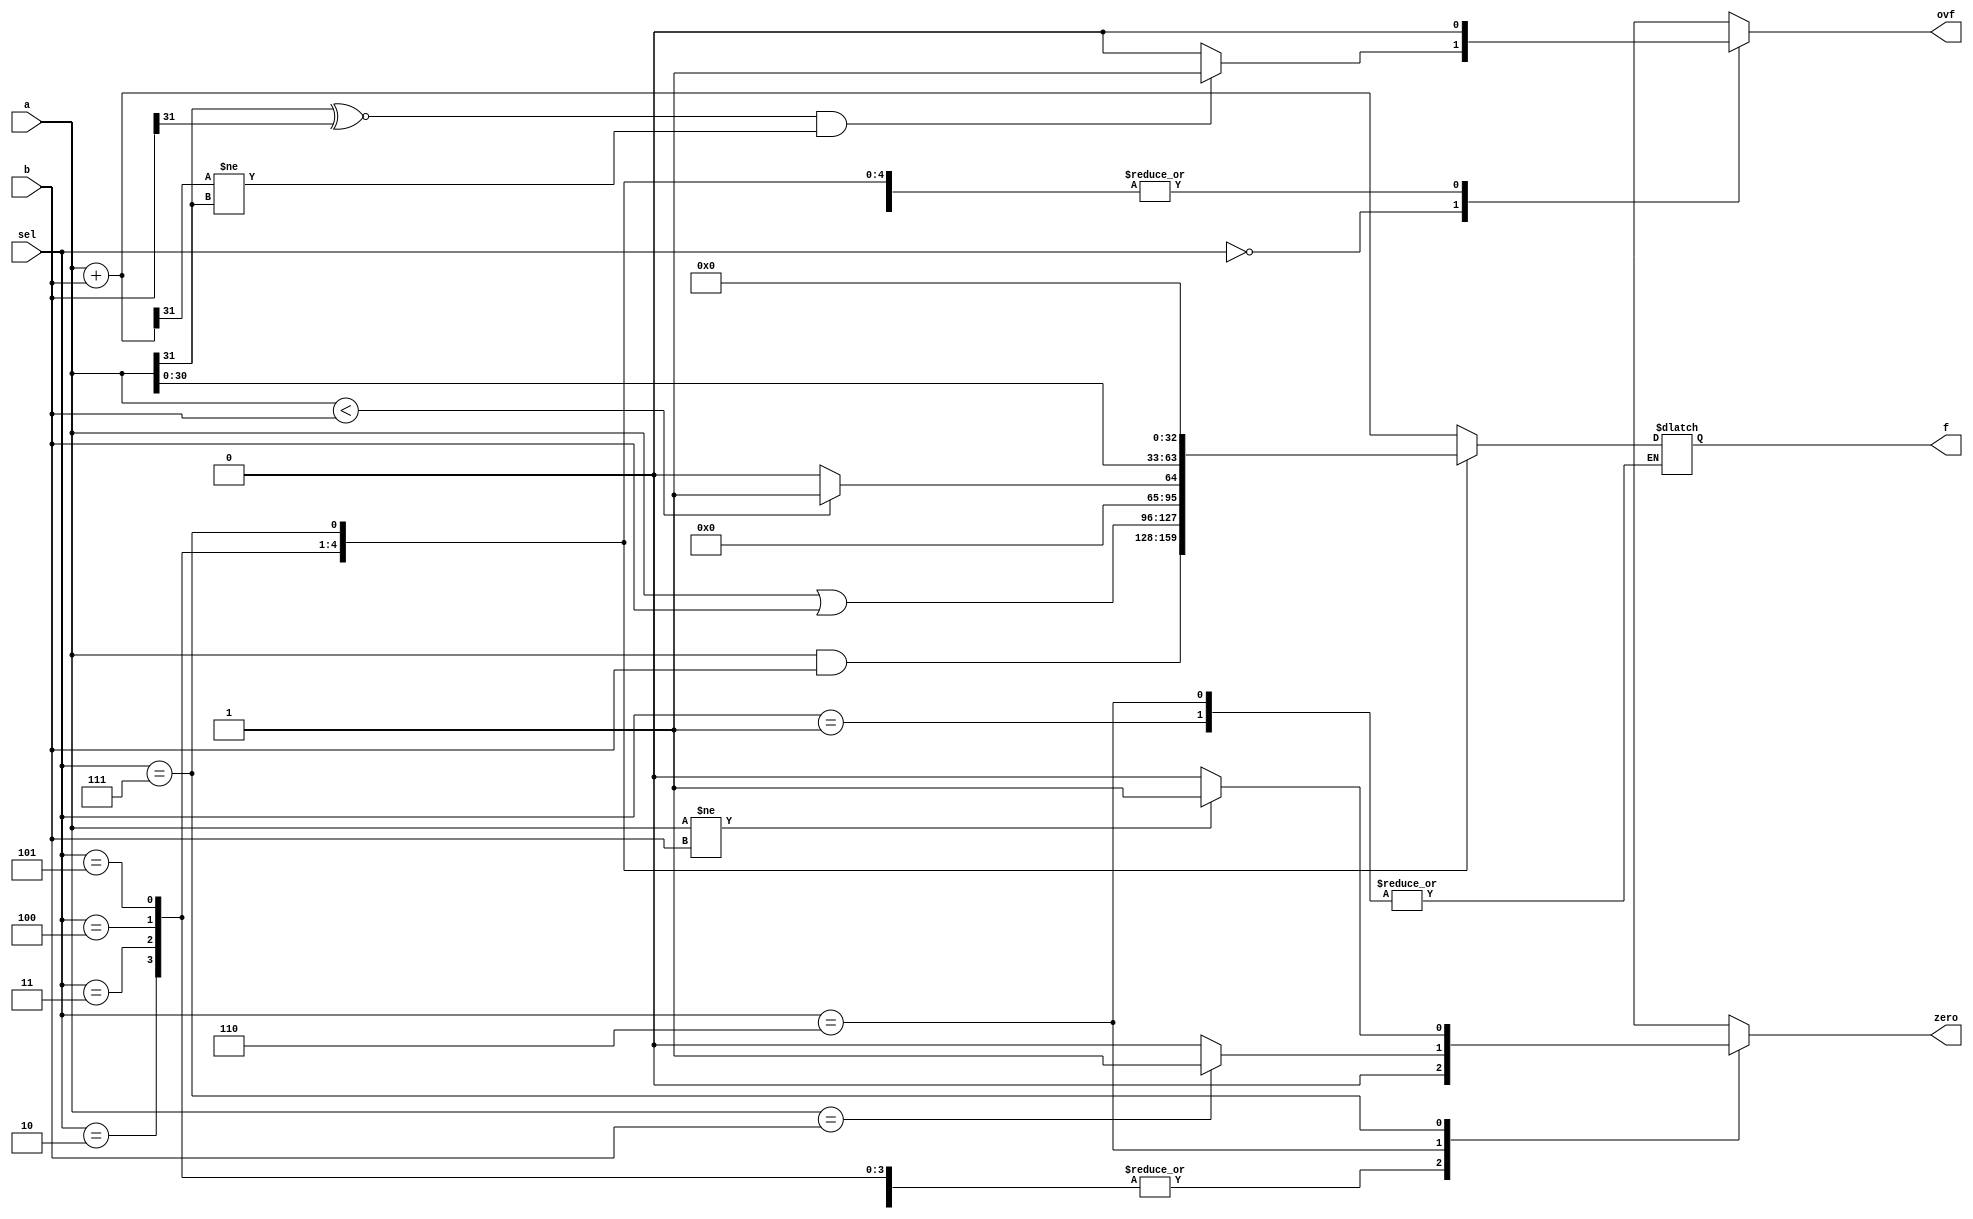
module alu(
  a,
  b,
  sel,
  f,
  ovf,
  zero
);
 
  //Declare inputs and outputs
 
  input [31:0] a;
 
  input [31:0] b;
 
  input [2:0] sel;
 
  output [31:0] f;
 
  output ovf;
 
  output zero;
 
 
 
  reg [31:0] f;
 
  reg ovf;
 
  reg zero;
 
 
 
  wire [31:0] a;
 
  wire [31:0] b;
 
  wire [2:0] sel;
 
 
 
  always @ (*)
 
  begin
	zero = 0;
	ovf = 0;
	
	case(sel)
 
  	3'b000: //Add
 
    	begin
 
    	f = a + b;
    	ovf = (a[31]~^b[31] && f[31]!=a[31])?1:0;
 
    	end
 
  	3'b001: //Noop
 
    	begin
 
    	f = f;
 
    	end
 
  	3'b010: //And
 
    	begin
 
    	f = a&b;
    	
    	end
 
  	3'b011: //Or
 
        begin
 
    	f = a|b;
 
    	end
 
  	3'b100: // Set Less Than
 
    	begin

        if($signed(a) < $signed(b))
          f <= 32'd1;
        else
          f <= 32'd0;
  
    	end
 
  	3'b101: //Shift left logical
 
    	begin
 
    	f = {a[30:0],1'b0};
    	end
 
  	3'b110: //beq
 
    	begin
 
    	if(a==b)
 
      	zero = 1;
 
    	end
 
  	3'b111: //bne
 
    	begin
    	f = 32'd0;
    	if(a!=b)
 
      	zero = 1;
 
    	end
 
  	default:
    	begin
    	f = 32'd0;   	
    	end
	endcase
  end
endmodule